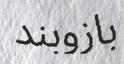
بازوبند